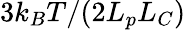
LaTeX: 3k_{B}T/(2L_{p}L_{C})